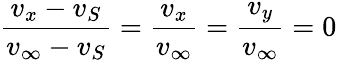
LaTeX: {\frac{v_{x}-v_{S}}{v_{\infty}-v_{S}}}={\frac{v_{x}}{v_{\infty}}}={\frac{v_{y}}{v_{\infty}}}=0